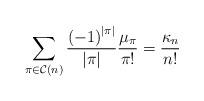
LaTeX: \begin{align*}\sum_{\pi\in\mathcal{C}\left(n\right)}\frac{\left(-1\right)^{\vert \pi \vert}}{\vert \pi \vert}\frac{\mu_\pi}{\pi!}=\frac{\kappa_n}{n!}\end{align*}